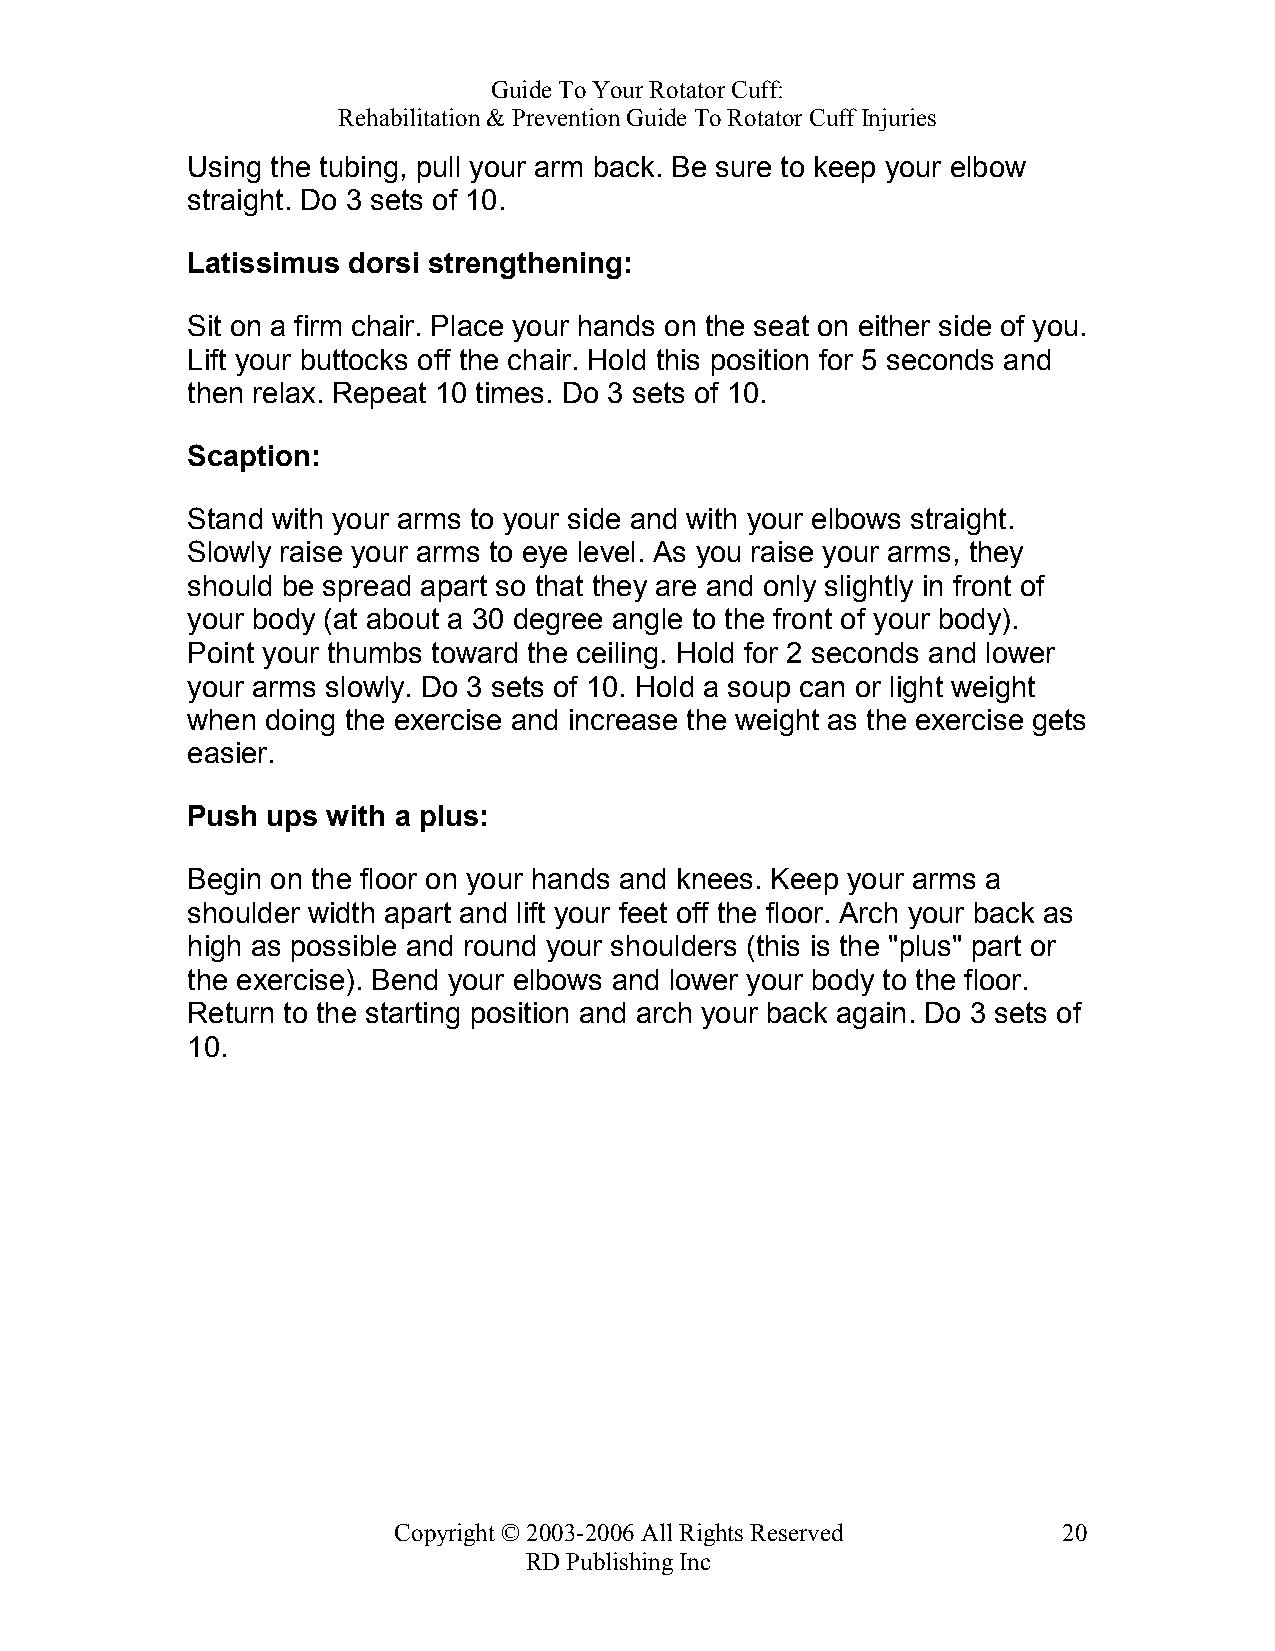
Guide To Your Rotator Cuff:
 Rehabilitation & Prevention Guide To Rotator Cuff Injuries
 Using the tubing, pull your arm back. Be sure to keep your elbow
 straight. Do 3 sets of 10.
 Latissimus dorsi strengthening:
 Sit on a firm chair. Place your hands on the seat on either side of you.
 Lift your buttocks off the chair. Hold this position for 5 seconds and
 then relax. Repeat 10 times. Do 3 sets of 10.
 Scaption:
 Stand with your arms to your side and with your elbows straight.
 Slowly raise your arms to eye level. As you raise your arms, they
 should be spread apart so that they are and only slightly in front of
 your body (at about a 30 degree angle to the front of your body).
 Point your thumbs toward the ceiling. Hold for 2 seconds and lower
 your arms slowly. Do 3 sets of 10. Hold a soup can or light weight
 when  doing the exercise and increase the weight as the exercise gets
 easier.
 Push  ups with a plus:
 Begin on the floor on your hands and knees. Keep your arms a
 shoulder width apart and lift your feet off the floor. Arch your back as
 high as possible and round your shoulders (this is the "plus" part or
 the exercise). Bend your elbows and lower your body to the floor.
 Return to the starting position and arch your back again. Do 3 sets of
 10.
 Copyright © 2003-2006 All Rights Reserved   20
 RD Publishing Inc